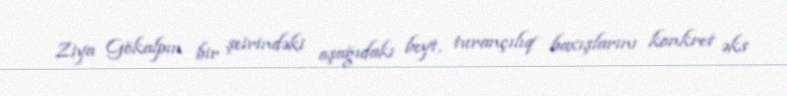
Ziya Gökalpın bir şeirindəki aşağıdakı beyt, turançılıq baxışlarını konkret əks